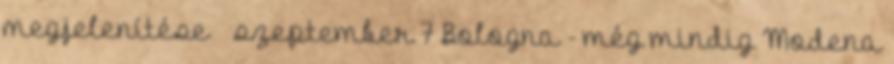
megjelenítése ▼ szeptember 7 Bologna - még mindig Modena